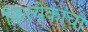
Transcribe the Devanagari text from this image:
कित्येकांचा